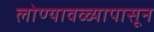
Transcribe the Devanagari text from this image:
लोण्यावळ्यापासून